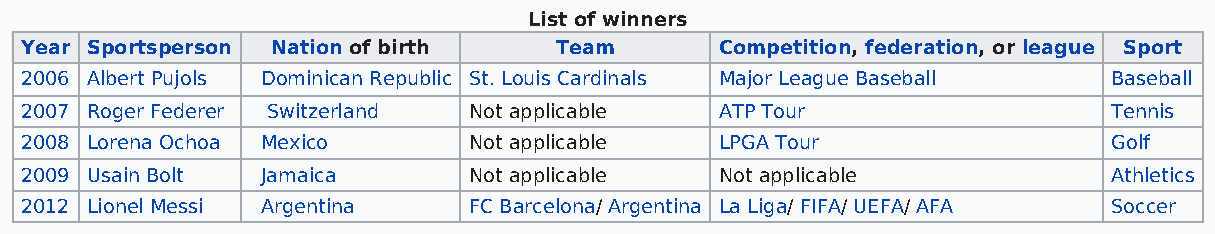
List of winners
 Year Sportsperson Nation of birth   Team       Competition, federation, or league Sport
 2006 Albert Pujols Dominican Republic St. Louis Cardinals Major League Baseball Baseball
 2007 Roger Federer Switzerland Not applicable  ATP Tour                  Tennis
 2008 Lorena Ochoa Mexico      Not applicable   LPGA Tour                 Golf
 2009 Usain Bolt Jamaica       Not applicable   Not applicable            Athletics
 2012 Lionel Messi Argentina   FC Barcelona/ Argentina La Liga/ FIFA/ UEFA/ AFA Soccer